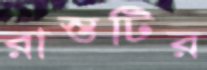
রাস্তটির